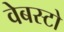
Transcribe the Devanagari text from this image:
वेबस्टो